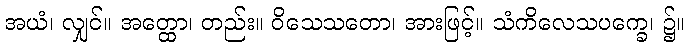
အယံ၊ လျှင်။ အတ္ထော၊ တည်း။ ဝိသေသတော၊ အားဖြင့်။ သံကိလေသပက္ခေ၊ ၌။